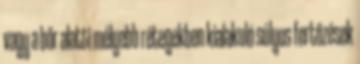
vagy a bőr alatti mélyebb rétegekben kialakuló súlyos fertőzések